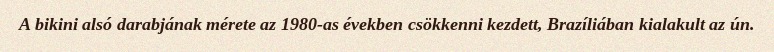
A bikini alsó darabjának mérete az 1980-as években csökkenni kezdett, Brazíliában kialakult az ún.